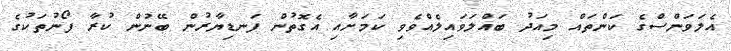
އެލަވަންސްގެ ކަންތައް މިއަދު ބައްލަވައިލެއްވެވި ކަމަށާއި އެގޮތުން ފަނޑިޔާރުން ބޭނުން ކުރާ ފޯނުތަކުގެ